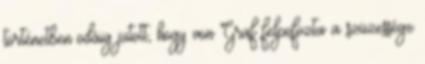
történetben odáig jutott, hogy von Graf felpofozta a szüzessége